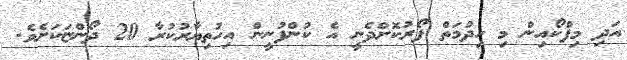
އަދި މިފްކޯއިން މި ހިދުމަތް ފޯރުކޮށްދެނީ އެ ކުންފުނީން އިހުތިޔާރުކުރާ 20 ދޯންޏަކަށެވެ.